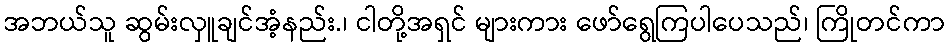
အဘယ်သူ ဆွမ်းလှူချင်အံ့နည်း.၊ ငါတို့အရှင် များကား ဖော်ရွေကြပါပေသည်၊ ကြိုတင်ကာ